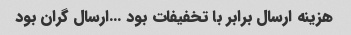
هزینه ارسال برابر با تخفیفات بود …ارسال گران بود